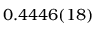
0 . 4 4 4 6 ( 1 8 )